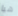
هيا